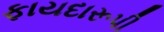
ફાયદારૂપી